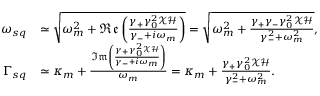
\begin{array} { r l } { \omega _ { s q } } & { \simeq \sqrt { \omega _ { m } ^ { 2 } + \mathfrak { R e } \left( \frac { \gamma _ { + } \gamma _ { 0 } ^ { 2 } \mathcal { X } \mathcal { H } } { \gamma _ { - } + i \omega _ { m } } \right) } = \sqrt { \omega _ { m } ^ { 2 } + \frac { \gamma _ { + } \gamma _ { - } \gamma _ { 0 } ^ { 2 } \mathcal { X } \mathcal { H } } { \gamma _ { - } ^ { 2 } + \omega _ { m } ^ { 2 } } } , } \\ { \Gamma _ { s q } } & { \simeq \kappa _ { m } + \frac { \mathfrak { I m } \left( \frac { \gamma _ { + } \gamma _ { 0 } ^ { 2 } \mathcal { X } \mathcal { H } } { \gamma _ { - } + i \omega _ { m } } \right) } { \omega _ { m } } = \kappa _ { m } + \frac { \gamma _ { + } \gamma _ { 0 } ^ { 2 } \mathcal { X } \mathcal { H } } { \gamma _ { - } ^ { 2 } + \omega _ { m } ^ { 2 } } . } \end{array}